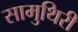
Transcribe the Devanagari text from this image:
सामुथिरी